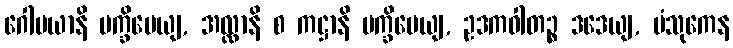
ဂေါမယာနိ ပက္ခိပေယျ, အလ္လာနိ စ ကဋ္ဌာနိ ပက္ခိပေယျ, ဥဒကဝါတဉ္စ ဒဒေယျ, ပံသုကေန